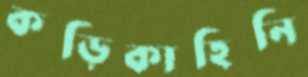
কড়িকাহিনি